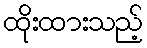
ထိုးထားသည့်